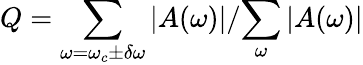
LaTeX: Q={\sum_{\omega=\omega_{c}\pm\delta\omega}|A(\omega)}|/{\sum_{\omega}|A(\omega)}|